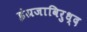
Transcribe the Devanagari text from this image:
इंग्रजाविरुध्द